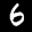
Label: 6